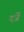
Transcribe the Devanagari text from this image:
दर्जें